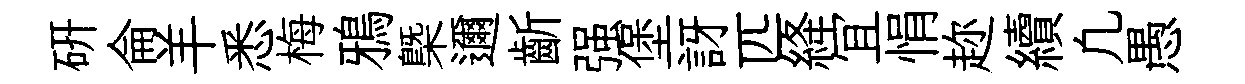
研侖羊悉梅鴉㮣邇齗强堡訝匹絳冝悁趂續凢愚